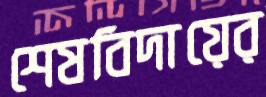
শেষবিদায়ের